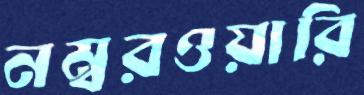
নম্বরওয়ারি